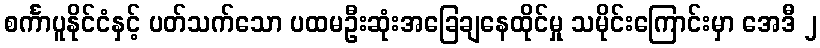
စင်္ကာပူနိုင်ငံနှင့် ပတ်သက်သော ပထမဦးဆုံးအခြေချနေထိုင်မှု သမိုင်းကြောင်းမှာ အေဒီ ၂